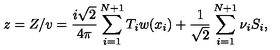
z = Z / v = { \frac { i \sqrt { 2 } } { 4 \pi } } \sum _ { i = 1 } ^ { N + 1 } T _ { i } w ( x _ { i } ) + { \frac { 1 } { \sqrt { 2 } } } \sum _ { i = 1 } ^ { N + 1 } \nu _ { i } S _ { i } ,